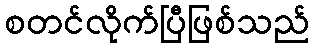
စတင်လိုက်ပြီဖြစ်သည်